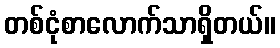
တစ်ငုံစာလောက်သာရှိတယ်။